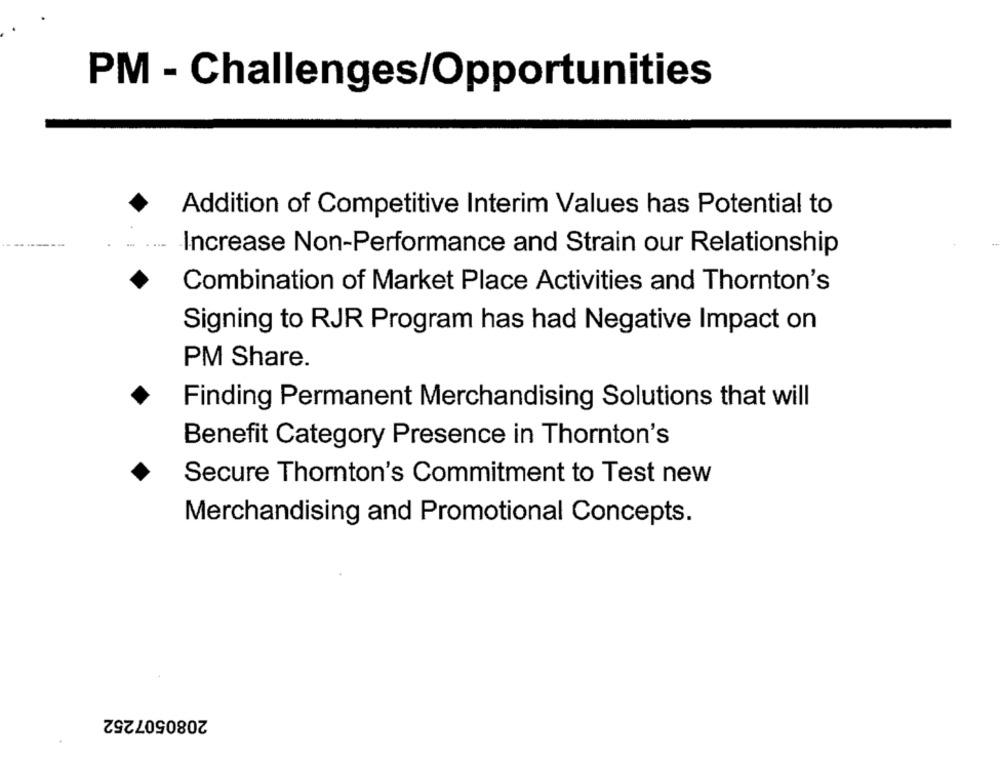
PM - Challenges/Opportunities
Addition of Competitive Interim Values has Potential to
Increase Non-Performance and Strain our Relationship
Combination of Market Place Activities and Thornton's
Signing to RJR Program has had Negative Impact on
PM Share.
Finding Permanent Merchandising Solutions that will
Benefit Category Presence in Thornton's
Secure Thornton's Commitment to Test new
Merchandising and Promotional Concepts.
2080507252